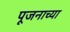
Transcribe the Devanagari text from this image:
पूजनाच्या